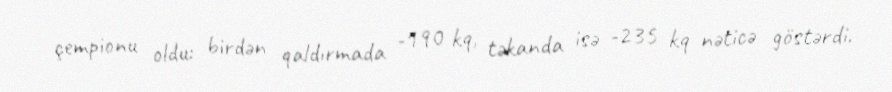
çempionu oldu: birdən qaldırmada -190 kq, təkanda isə -235 kq nəticə göstərdi.